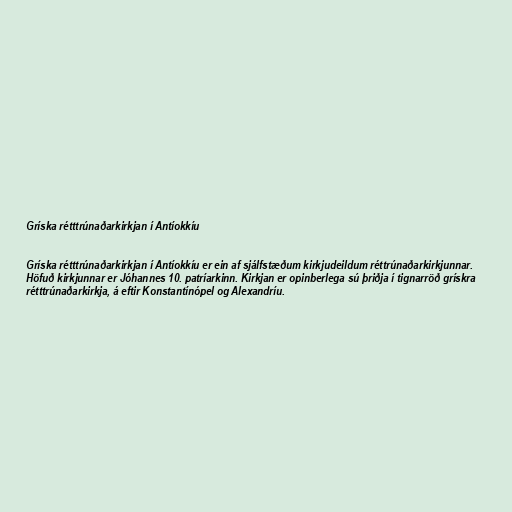
Gríska rétttrúnaðarkirkjan í Antíokkíu

Gríska rétttrúnaðarkirkjan í Antíokkíu er ein af sjálfstæðum kirkjudeildum réttrúnaðarkirkjunnar.
Höfuð kirkjunnar er Jóhannes 10. patríarkinn. Kirkjan er opinberlega sú þriðja í tignarröð grískra
rétttrúnaðarkirkja, á eftir Konstantínópel og Alexandríu.